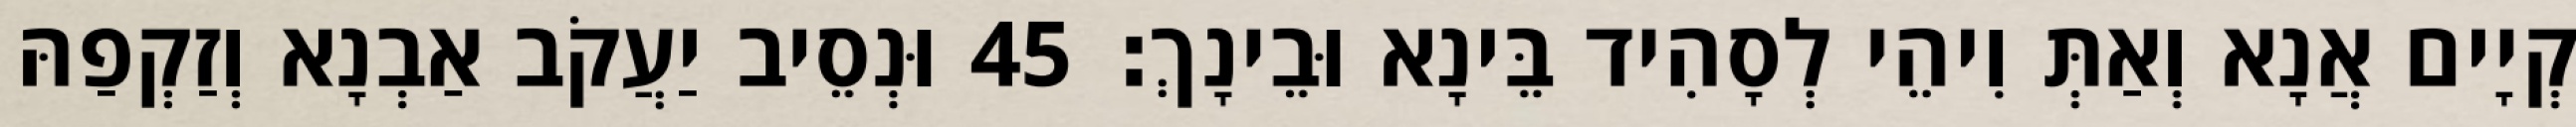
קְיָים אֲנָא וְאַתְּ וִיהֵי לְסָהִיד בֵּינָא וּבֵינָךְ׃ 45 וּנְסֵיב יַעֲקֹב אַבְנָא וְזַקְפַהּ